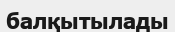
балқытылады